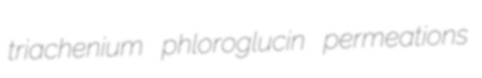
triachenium phloroglucin permeations